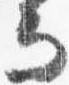
而